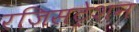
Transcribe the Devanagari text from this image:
रजिसट्रेशन